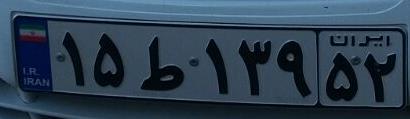
۱۵ط۱۳۹۵۲